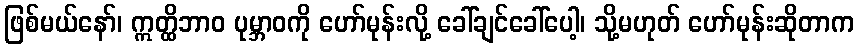
ဖြစ်မယ်နော်၊ ဣတ္ထိဘာဝ ပုမ္ဘာဝကို ဟော်မုန်းလို့ ခေါ်ချင်ခေါ်ပေါ့၊ သို့မဟုတ် ဟော်မုန်းဆိုတာက